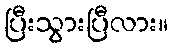
ပြီးသွားပြီလား။